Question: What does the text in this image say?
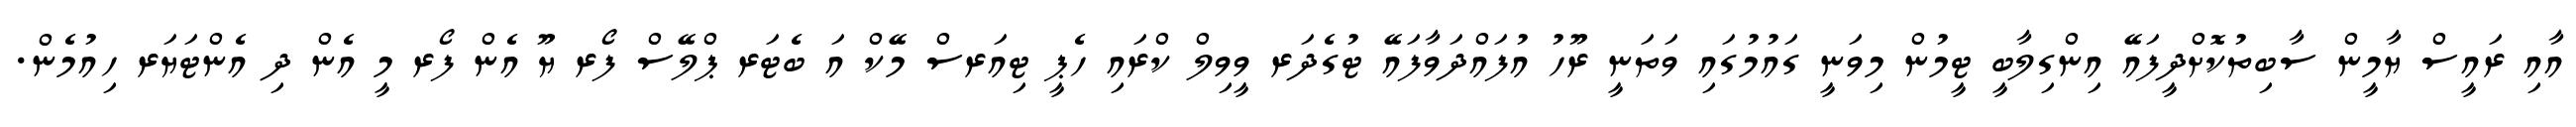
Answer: އާއި ރައީސް ޔާމީން ސާބިތުކޮށްދީފައޭ އިންގިލާބީ ޓީމުން މިވަނީ ގައުމުގައި ވަތަނީ ރޫހު އުފައްދަވާފައޭ ޓުގެދަރ ވީވިލް ކްރައި ހެޕީ ޓިއަރސް މޭކް އަ ބެޓަރ ޕްލޭސް ފޯރ ޔޫ އެން ފޯރ މީ އެން ދި އެންޓަޔަރ ހިއުމެން.